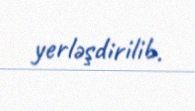
yerləşdirilib.